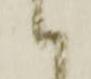
候